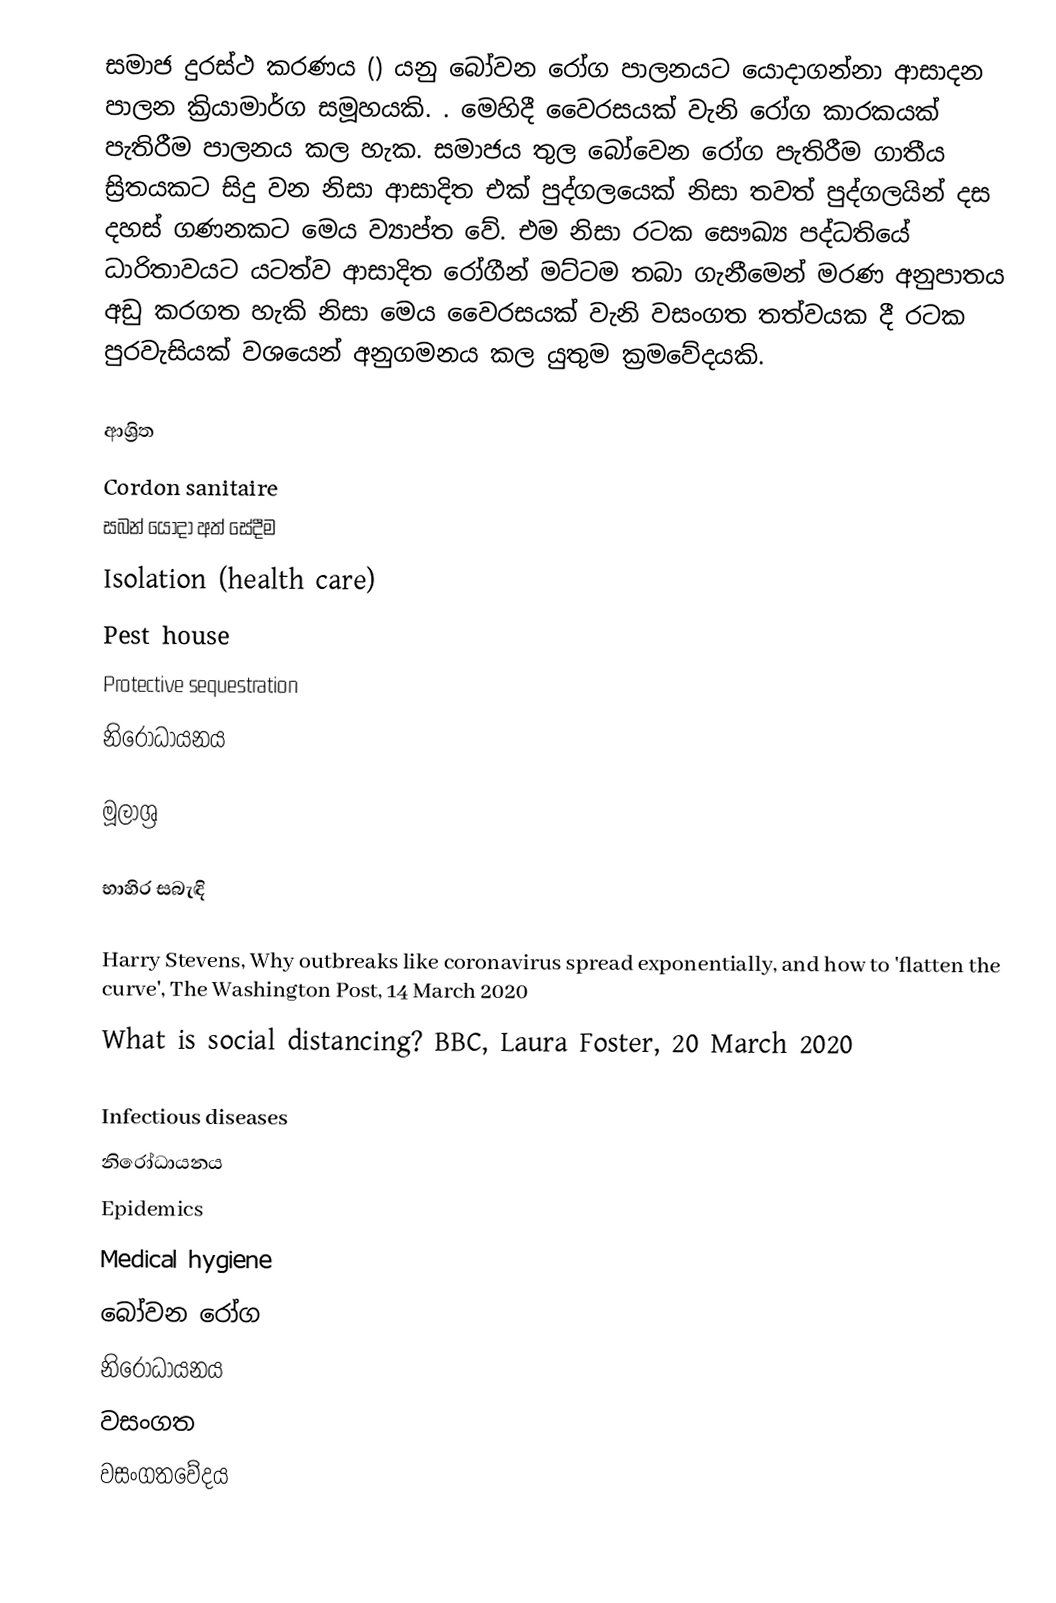
සමාජ දුරස්ථ කරණය () යනු බෝවන රෝග පාලනයට යොදාගන්නා ආසාදන පාලන ක්‍රියාමාර්ග සමූහයකි. . මෙහිදී වෛරසයක් වැනි රෝග කාරකයක් පැතිරීම පාලනය කල හැක. සමාජය තුල බෝවෙන රෝග පැතිරීම ගාතීය ස්‍රිතයකට සිදු වන නිසා ආසාදිත එක් පුද්ගලයෙක් නිසා තවත් පුද්ගලයින් දස දහස් ගණනකට මෙය ව්‍යාප්ත වේ. එම නිසා රටක සෞඛ්‍ය පද්ධතියේ ධාරිතාවයට යටත්ව ආසාදිත රෝගීන් මට්ටම තබා ගැනීමෙන් මරණ අනුපාතය අඩු කරගත හැකි නිසා මෙය වෛරසයක් වැනි වසංගත තත්වයක දී රටක පුරවැසියක් වශයෙන් අනුගමනය කල යුතුම ක්‍රමවේදයකි.

ආශ්‍රිත
 Cordon sanitaire
 සබන් යොදා අත් සේදීම
 Isolation (health care)
 Pest house
 Protective sequestration
 නිරෝධායනය

මූලාශ්‍ර

භාහිර සබැඳි

 Harry Stevens, Why outbreaks like coronavirus spread exponentially, and how to 'flatten the curve', The Washington Post, 14 March 2020
What is social distancing? BBC, Laura Foster, 20 March 2020

Infectious diseases
නිරෝධායනය
Epidemics
Medical hygiene
බෝවන රෝග
නිරෝධායනය
වසංගත
වසංගතවේදය